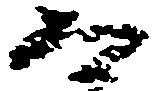
而